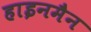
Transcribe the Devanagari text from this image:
हाइनमैन